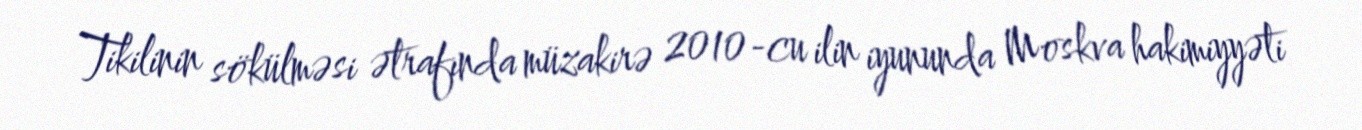
Tikilinin sökülməsi ətrafında müzakirə 2010-cu ilin iyununda Moskva hakimiyyəti